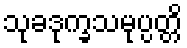
သုခဒုက္ခသမုပ္ပတ္တိ